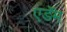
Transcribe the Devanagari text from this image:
एडॅम